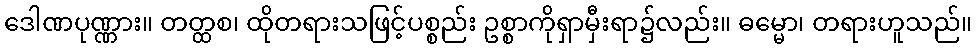
ဒေါဏပုဏ္ဏား။ တတ္ထစ၊ ထိုတရားသဖြင့်ပစ္စည်း ဥစ္စာကိုရှာမှီးရာ၌လည်း။ ဓမ္မော၊ တရားဟူသည်။